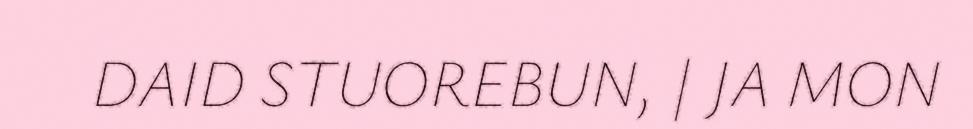
DAID STUOREBUN, | JA MON